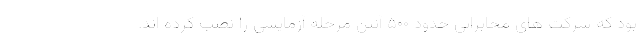
بود که شرکت های مخابراتی حدود ۵۰۰ آنتن مرحله آزمایشی را نصب کرده اند.